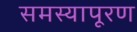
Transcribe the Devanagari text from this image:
समस्यापूरण